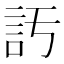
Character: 𧥦